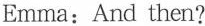
Emma: And then?